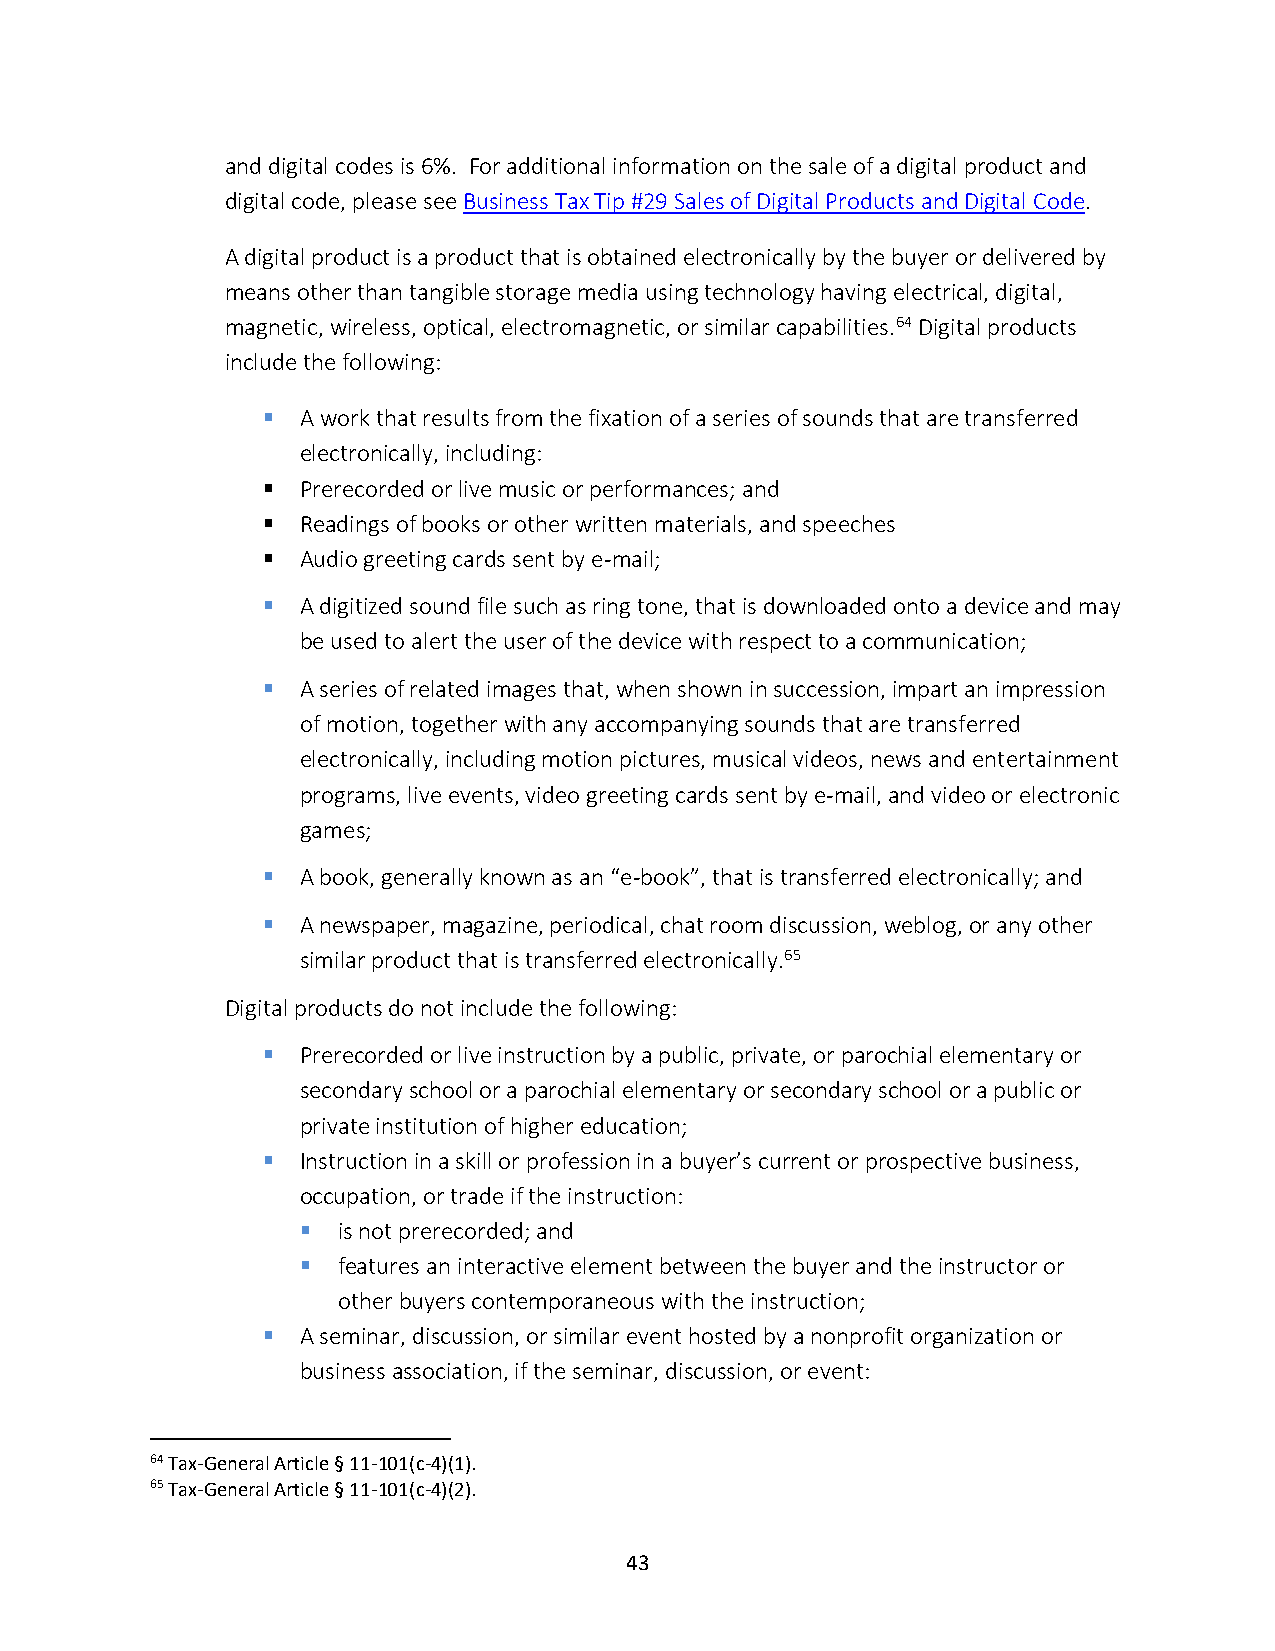
and digital codes is 6%. For additional information on the sale of a digital product and
 digital code, please see Business Tax Tip #29 Sales of Digital Products and Digital Code.
 A digital product is a product that is obtained electronically by the buyer or delivered by
 means other than tangible storage media using technology having electrical, digital,
 magnetic, wireless, optical, electromagnetic, or similar capabilities.64 Digital products
 include the following:
 ▪  A work that results from the fixation of a series of sounds that are transferred
 electronically, including:
 ▪  Prerecorded or live music or performances; and
 ▪  Readings of books or other written materials, and speeches
 ▪  Audio greeting cards sent by e-mail;
 ▪  A digitized sound file such as ring tone, that is downloaded onto a device and may
 be used to alert the user of the device with respect to a communication;
 ▪  A series of related images that, when shown in succession, impart an impression
 of motion, together with any accompanying sounds that are transferred
 electronically, including motion pictures, musical videos, news and entertainment
 programs, live events, video greeting cards sent by e-mail, and video or electronic
 games;
 ▪  A book, generally known as an “e-book”, that is transferred electronically; and
 ▪  A newspaper, magazine, periodical, chat room discussion, weblog, or any other
 similar product that is transferred electronically.65
 Digital products do not include the following:
 ▪  Prerecorded or live instruction by a public, private, or parochial elementary or
 secondary school or a parochial elementary or secondary school or a public or
 private institution of higher education;
 ▪  Instruction in a skill or profession in a buyer’s current or prospective business,
 occupation, or trade if the instruction:
 ▪ is not prerecorded; and
 ▪ features an interactive element between the buyer and the instructor or
 other buyers contemporaneous with the instruction;
 ▪  A seminar, discussion, or similar event hosted by a nonprofit organization or
 business association, if the seminar, discussion, or event:
 64 Tax-General Article § 11-101(c-4)(1).
 65 Tax-General Article § 11-101(c-4)(2).
 43